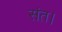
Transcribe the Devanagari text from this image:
संत।